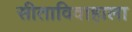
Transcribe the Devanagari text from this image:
सीताविवाहाला